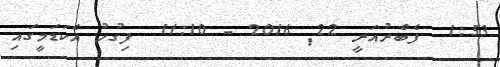
1:53  ފެބްރުއަރީ 22